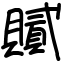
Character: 𧸐